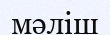
мәліш